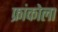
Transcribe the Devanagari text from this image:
फ्रांकोला